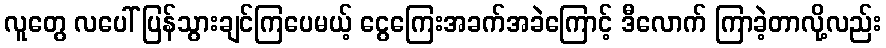
လူတွေ လပေါ် ပြန်သွားချင်ကြပေမယ့် ငွေကြေးအခက်အခဲကြောင့် ဒီလောက် ကြာခဲ့တာလို့လည်း